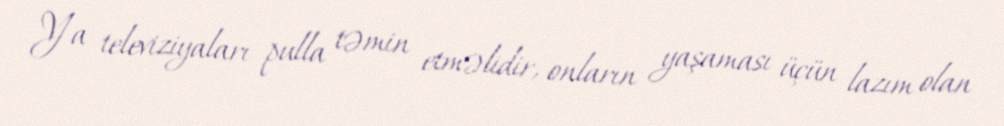
Ya televiziyaları pulla təmin etməlidir, onların yaşaması üçün lazım olan